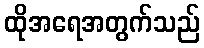
ထိုအရေအတွက်သည်